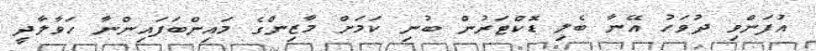
އުފަންވި ދުވަހު އޭނާ ބެލި ޑޮކްޓަރުން ބުނި ކަމަށް މާޒިންގެ މައިންބަފައިންނާ ހަވާލާދީ